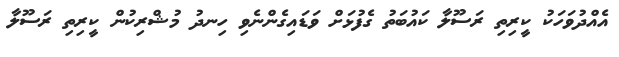
އެއްދުވަހަކު ކީރިތި ރަސޫލާ ކައުބަތު ގެފުޅަށް ވަޑައިގެންނެވި ހިނދު މުޝްރިކުން ކީރިތި ރަސޫލާ